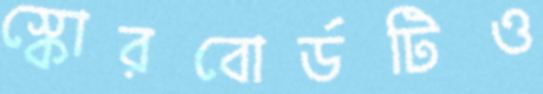
স্কোরবোর্ডটিও